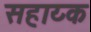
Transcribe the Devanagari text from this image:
सहाय्क